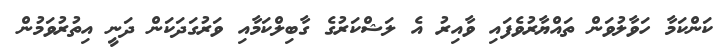
ކަންކަމާ ހަވާލުވަން ތައްޔާރުވެފައި ވާއިރު އެ ލަޝްކަރުގެ ގާބިލްކަމާއި ވަރުގަދަކަން ދަނީ އިތުރުވަމުން